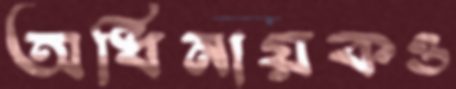
অধিনায়কও